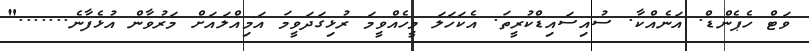
ވަޓް ހެޕެންޑް. އަނެއްކާ. ސުއިސައިޑްކުރީތަ. އެކަހަލަ މީހެއްވީމަ ރުޅިގަދަވީމަ އަމިއްލައަށް މަރުވާން އުޅެފާނެ......."